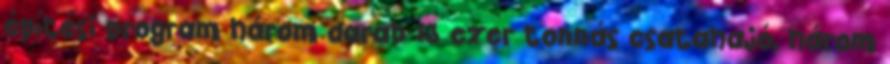
építési program három darab 13 ezer tonnás csatahajó, három